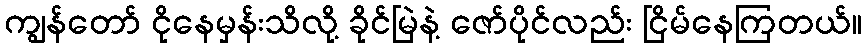
ကျွန်တော် ငိုနေမှန်းသိလို့ ခိုင်မြဲနဲ့ ဇော်ပိုင်လည်း ငြိမ်နေကြတယ်။